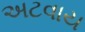
અટવાય